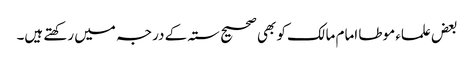
بعض علماء موطا امام مالک کو بھی صحیح ستہ کے درجہ میں رکھتے ہیں۔